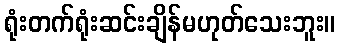
ရုံးတက်ရုံးဆင်းချိန်မဟုတ်သေးဘူး။